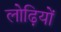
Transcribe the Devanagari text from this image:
लोढ़ियों